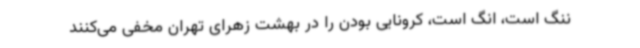
ننگ است، انگ است، کرونایی بودن را در بهشت زهرای تهران مخفی می‌کنند